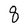
Character: 8